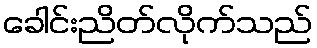
ခေါင်းညိတ်လိုက်သည်